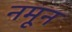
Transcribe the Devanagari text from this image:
नमून